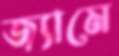
জ্যামে